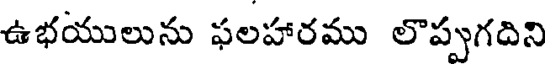
ఉభయులును ఫలహారము లొప్పుగదిని